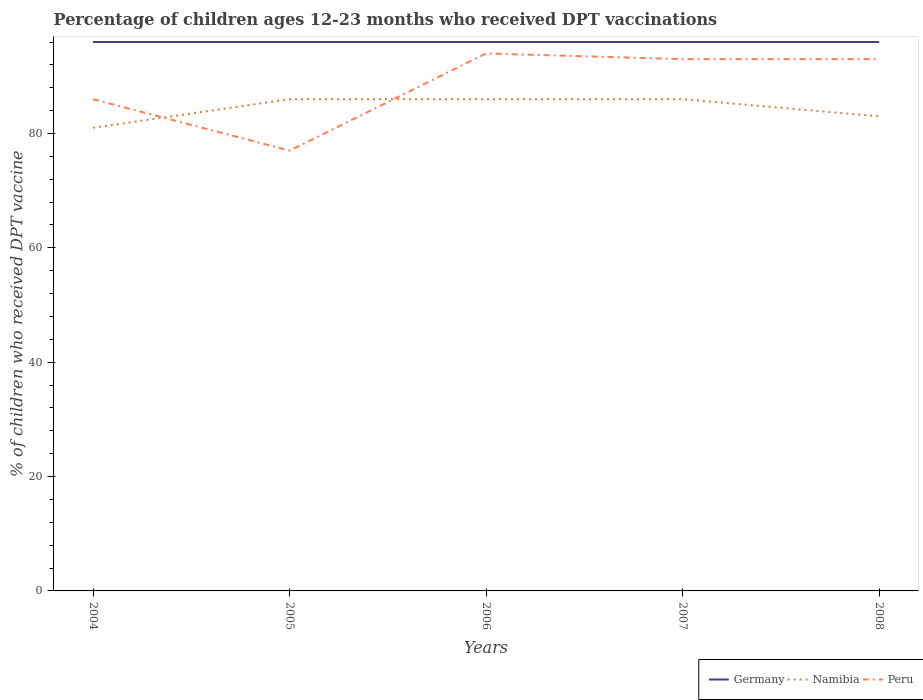
| Years | Germany | Namibia | Peru |
 | --- | --- | --- | --- |
 | 2004 | 96 | 81 | 86 |
 | 2005 | 96 | 86 | 77 |
 | 2006 | 96 | 86 | 94 |
 | 2007 | 96 | 86 | 93 |
 | 2008 | 96 | 83 | 93 |